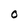
Character: O